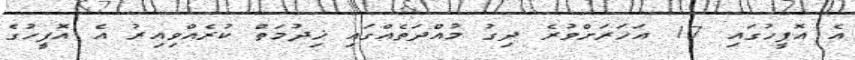
އެ އޮފީހުގައި 17 އަހަރަށްވުރެ ދިގު މުއްދަތެއްގައި ޚިދުމަތް ކުރެއްވިއިރު އެ އޮފީހުގެ